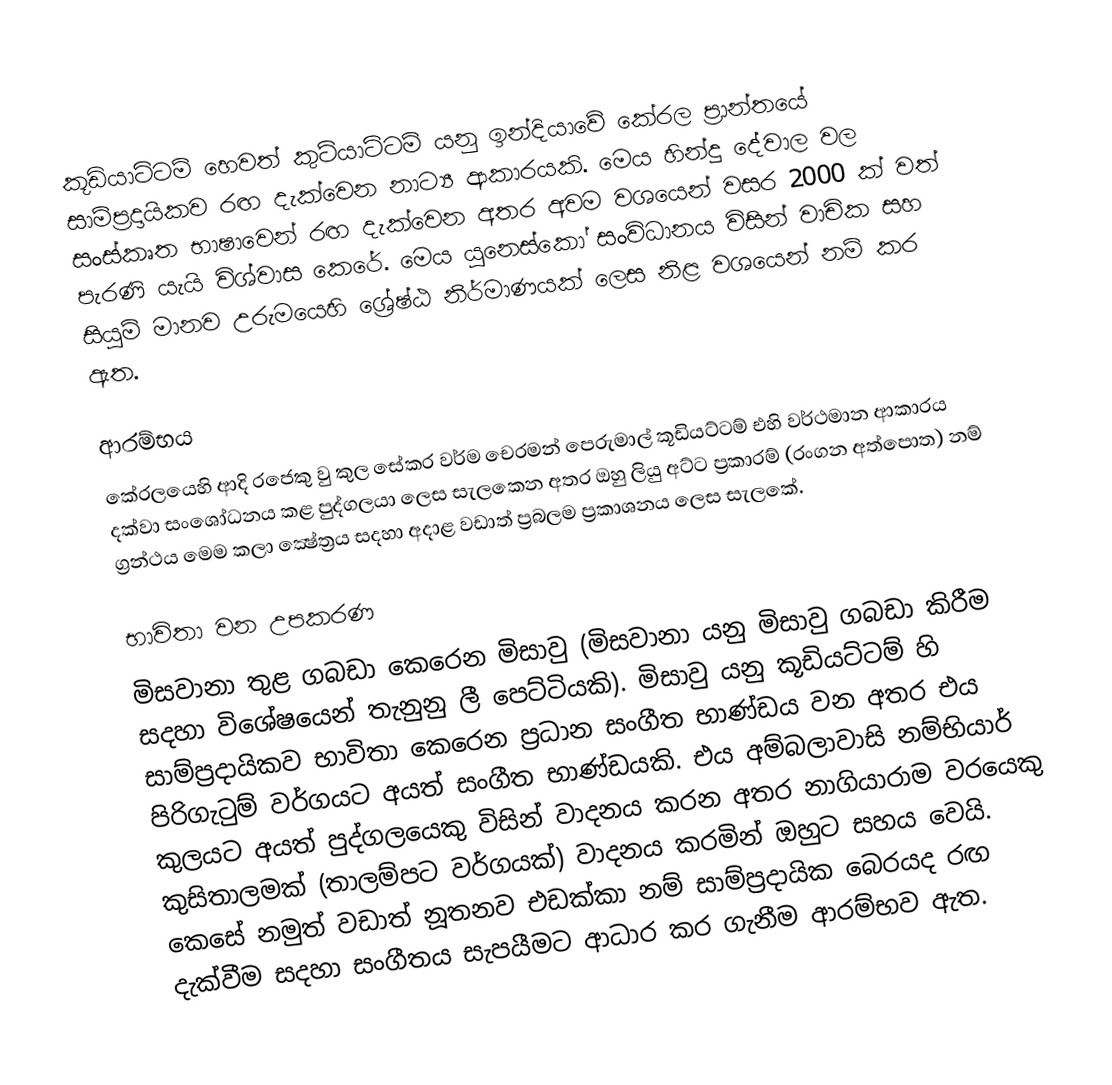
කූඩියාට්ටම් හෙවත් කුටියාට්ටම් යනු ඉන්දියාවේ කේරල ප්‍රාන්තයේ සාම්ප්‍රදායිකව රඟ දැක්වෙන නාට්‍ය ආකාරයකි. මෙය හින්දු දේවාල වල සංස්කෘත භාෂාවෙන් රඟ දැක්වෙන අතර අවම වශයෙන් වසර 2000 ක් වත් පැරණි යැයි විශ්වාස කෙරේ. මෙය යුනෙස්කෝ සංවිධානය විසින් වාචික සහ  සියුම් මානව උරුමයෙහි ශ්‍රේෂ්ඨ නිර්මාණයක් ලෙස නිළ වශයෙන් නම් කර ඇත.

ආරම්භය
කේරලයෙහි ආදි රජෙකු වු කුල සේකර වර්ම චෙරමන් පෙරුමාල් කූඩියට්ටම් එහි වර්ථමාන ආකාරය දක්වා සංශෝධනය කළ පුද්ගලයා ලෙස සැලකෙන අතර ඔහු ලියු අට්ට ප්‍රකාරම් (රංගන අත්පොත) නම් ග්‍රන්ථය මෙම කලා ක්‍ෂේත්‍රය සදහා අදාළ වඩාත් ප්‍රබලම ප්‍රකාශනය ලෙස සැලකේ.

භාවිතා වන උපකරණ
මිසවානා තුළ ගබඩා කෙරෙන මිසාවු (මිසවානා යනු මිසාවු ගබඩා කිරීම සදහා විශේෂයෙන් තැනුනු ලී පෙට්ටියකි). මිසාවු යනු කූඩියට්ටම් හි සාම්ප්‍රදායිකව භාවිතා කෙරෙන ප්‍රධාන සංගීත භාණ්ඩය වන අතර එය පිරිගැටුම් වර්ගයට අයත් සංගීත භාණ්ඩයකි. එය අම්බලාවාසි නම්භියාර් කුලයට අයත් පුද්ගලයෙකු විසින් වාදනය කරන අතර නාගියාරාම වරයෙකු කුසිතාලමක් (තාලම්පට වර්ගයක්)  වාදනය කරමින් ඔහු‍‍ට සහය වෙයි. කෙසේ නමුත් වඩාත් නූතනව එඩක්කා නම් සාම්ප්‍රදායික බෙරයද රඟ දැක්වීම සදහා සංගීතය සැපයීමට ආධාර කර ගැනීම ආරම්භව ඇත.